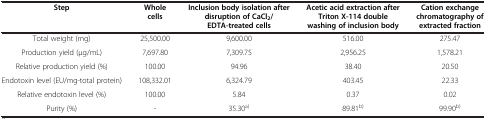
<table><thead><tr><td><b>Step</b></td><td><b>Whole cells</b></td><td><b>Inclusion body isolation after disruption of CaCl<sub>2</sub>/EDTA-treated cells</b></td><td><b>Acetic acid extraction after Triton X-114 double washing of inclusion body</b></td><td><b>Cation exchange chromatography of extracted fraction</b></td></tr></thead><tbody><tr><td>Total weight (mg)</td><td>25,500.00</td><td>9,600.00</td><td>516.00</td><td>275.47</td></tr><tr><td>Production yield (μg/mL)</td><td>7,697.80</td><td>7,309.75</td><td>2,956.25</td><td>1,578.21</td></tr><tr><td>Relative production yield (%)</td><td>100.00</td><td>94.96</td><td>38.40</td><td>20.50</td></tr><tr><td>Endotoxin level (EU/mg-total protein)</td><td>108,332.01</td><td>6,324.79</td><td>403.45</td><td>22.33</td></tr><tr><td>Relative endotoxin level (%)</td><td>100.00</td><td>5.84</td><td>0.37</td><td>0.02</td></tr><tr><td>Purity (%)</td><td>-</td><td>35.30<sup>a)</sup></td><td>89.81<sup>b)</sup></td><td>99.90<sup>b)</sup></td></tr></tbody></table>